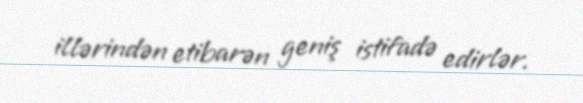
illərindən etibarən geniş istifadə edirlər.